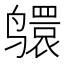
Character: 𫜅